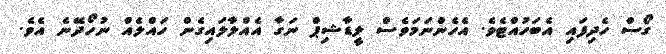
ގޯސް ހެދިފައި އެބަހުއްޓެވެ. އެހެންނަމަވެސް ލީޑާޝިޕް ނަގާ އެއްލާލައިގެން ހައްލެއް ނުހޯދޭނެ އެވެ.